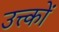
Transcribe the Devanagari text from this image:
उत्त्कों